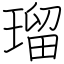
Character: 瑠